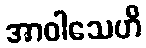
အာဝါသေဟိ